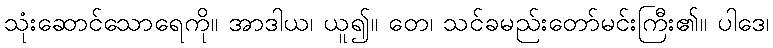
သုံးဆောင်သောရေကို။ အာဒါယ၊ ယူ၍။ တေ၊ သင်ခမည်းတော်မင်းကြီး၏။ ပါဒေ၊